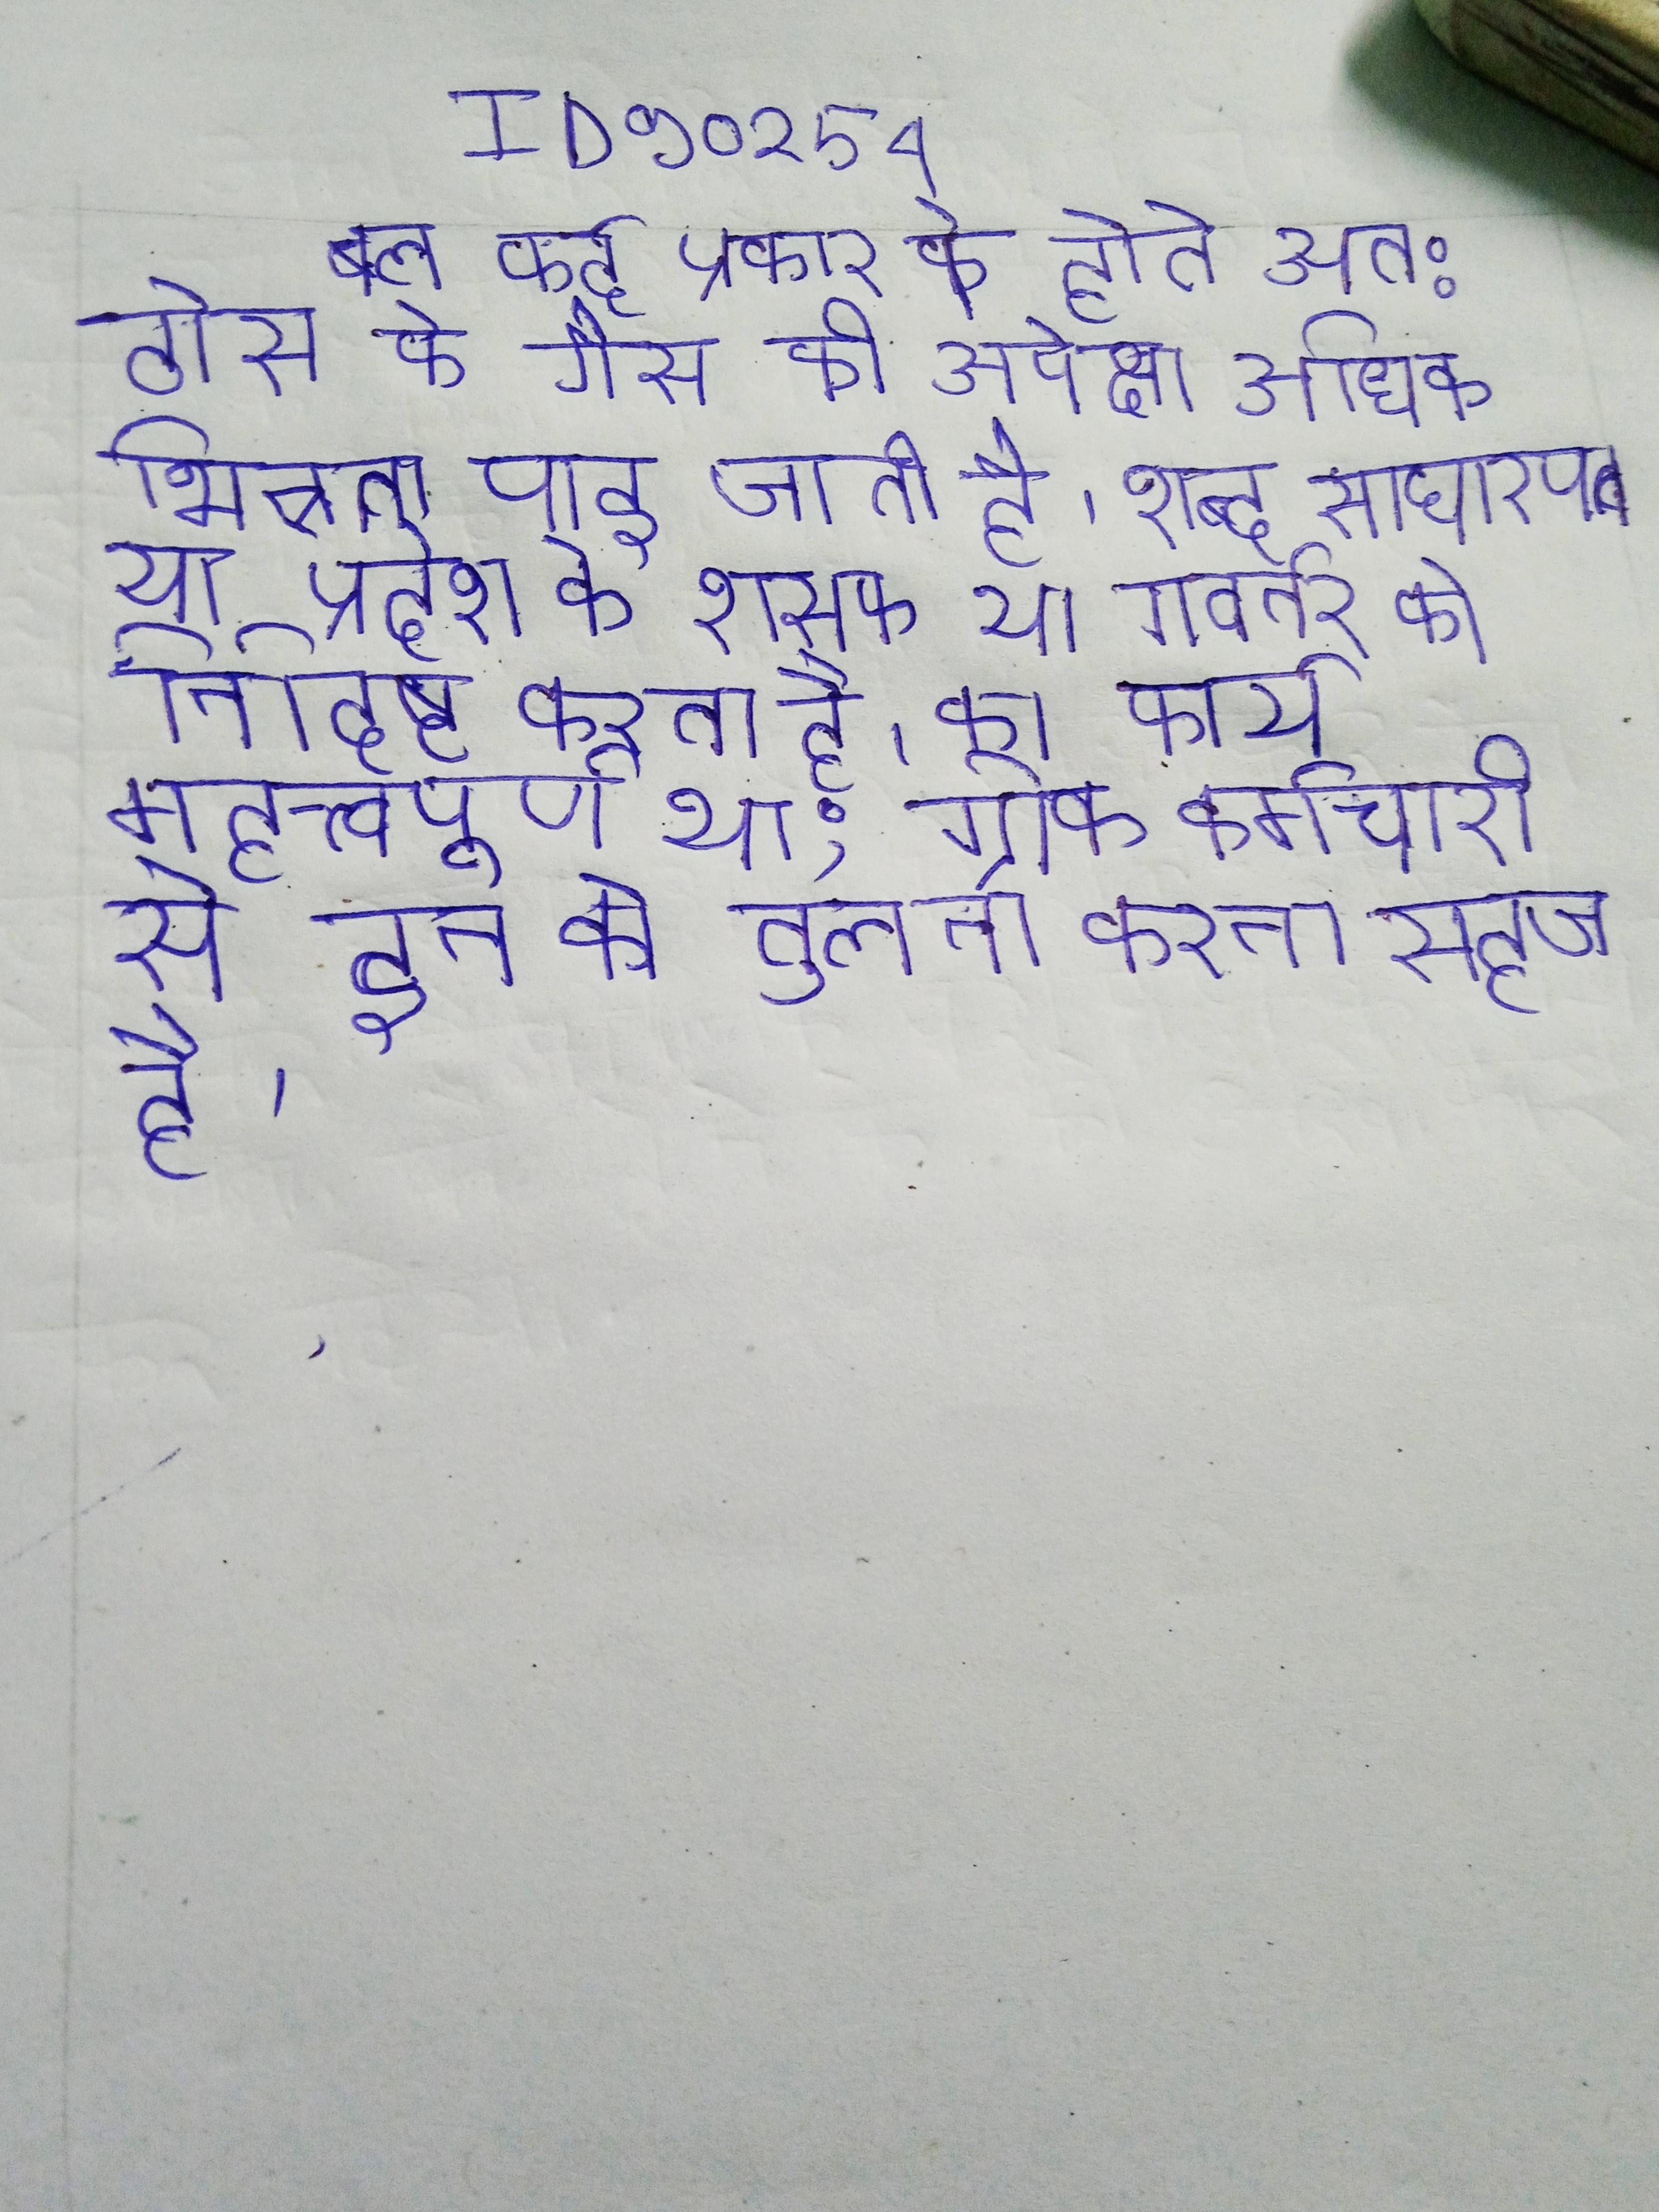
बल कई प्रकार के होते अत: ठोस के गैस की अपेक्षा अधिक भिन्नता पाई जाती है । शब्द साधारणतया प्रदेश के शासक या गवर्नर को निर्दिष्ट करता है । का कार्य महत्त्वपूर्ण था; ग्रीक कर्मचारी से इन की तुलना करना सहज है ।